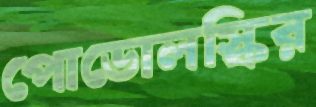
পোডোলস্কির